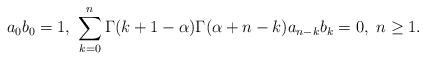
LaTeX: \begin{align*}a_0b_0 = 1,\ \sum_{k=0}^n\Gamma(k+1-\alpha)\Gamma(\alpha+n-k)a_{n-k}b_k = 0,\ n\ge 1.\end{align*}